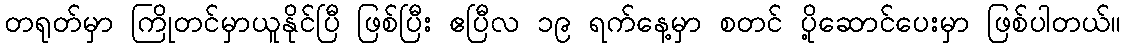
တရုတ်မှာ ကြိုတင်မှာယူနိုင်ပြီ ဖြစ်ပြီး ဧပြီလ ၁၉ ရက်နေ့မှာ စတင် ပို့ဆောင်ပေးမှာ ဖြစ်ပါတယ်။